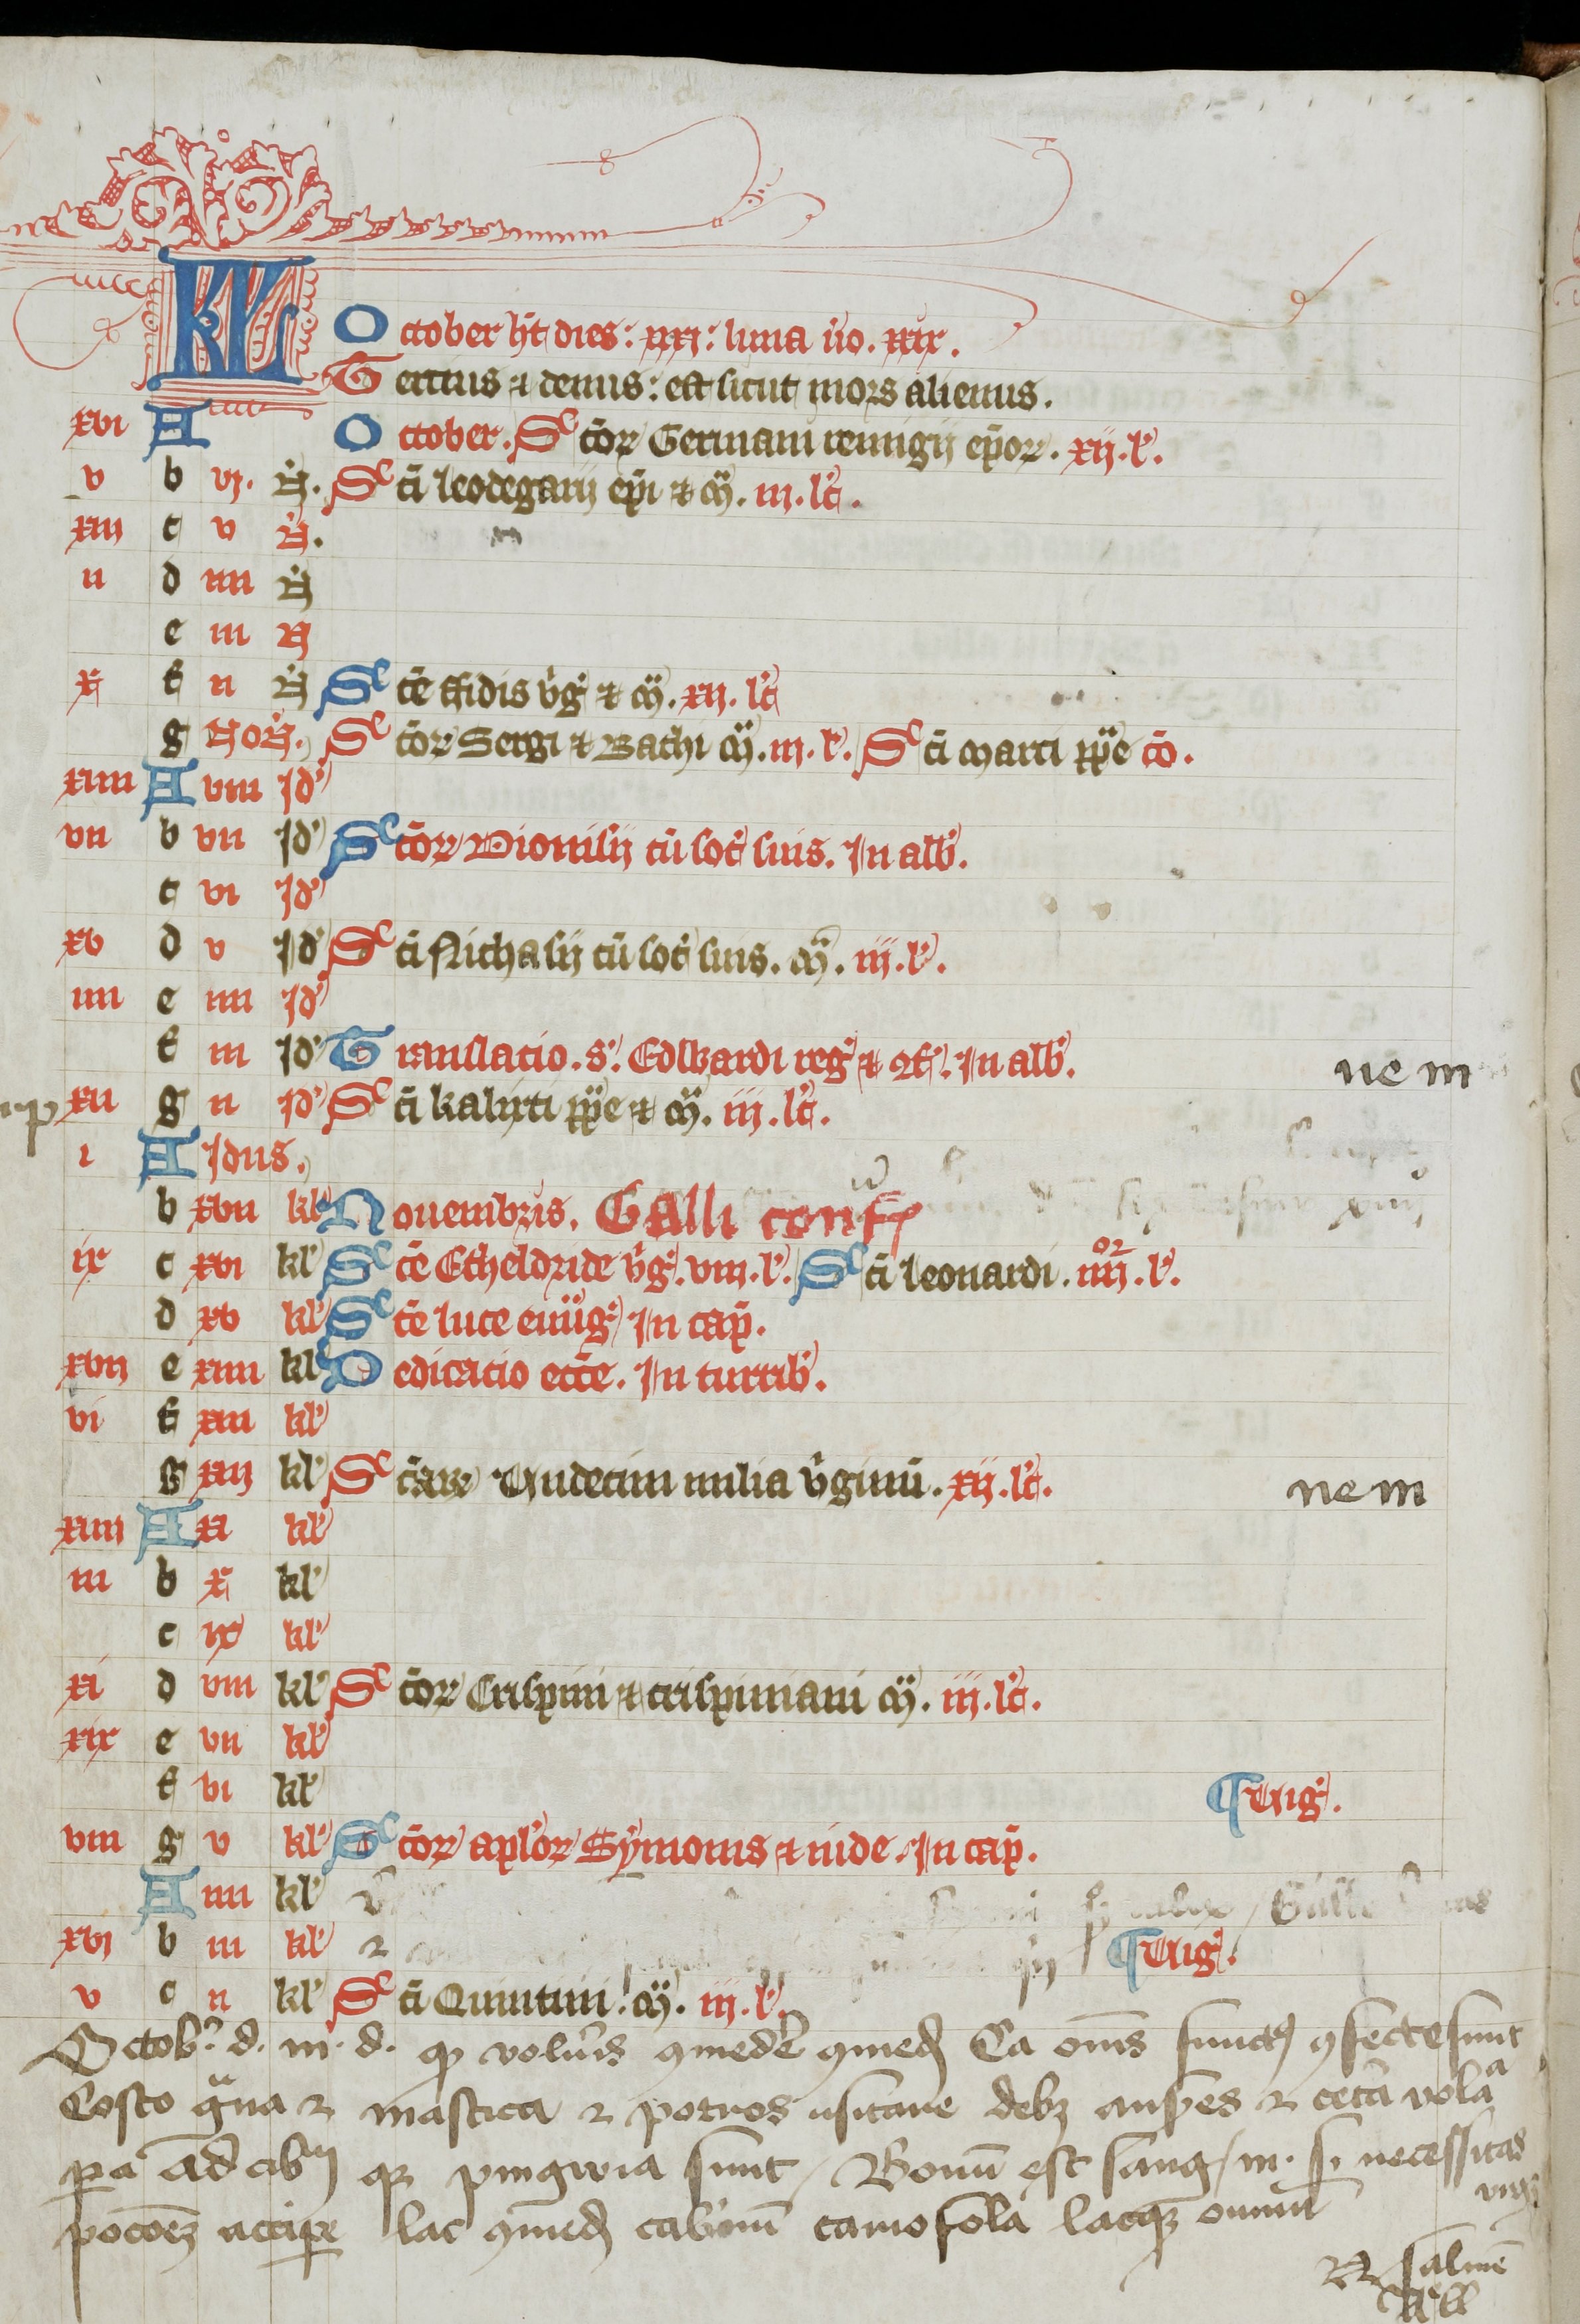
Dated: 1300–1399